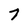
Character: 7